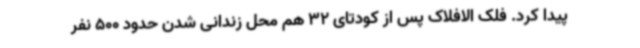
پیدا کرد. فلک الافلاک پس از کودتای 32 هم محل زندانی شدن حدود 500 نفر